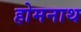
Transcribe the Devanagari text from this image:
होमनाथ